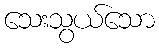
သေးသွယ်သော